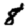
Digit: 8